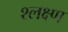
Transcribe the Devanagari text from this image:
श्लक्ष्ण